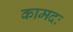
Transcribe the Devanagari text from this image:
कामदः